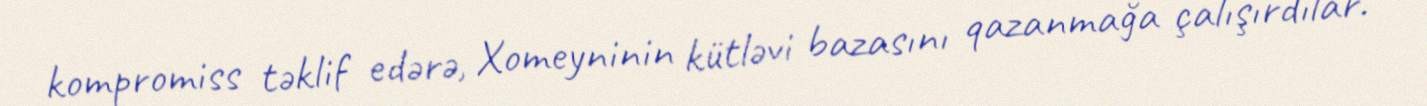
kompromiss təklif edərə, Xomeyninin kütləvi bazasını qazanmağa çalışırdılar.